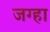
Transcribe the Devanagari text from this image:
जग्हा